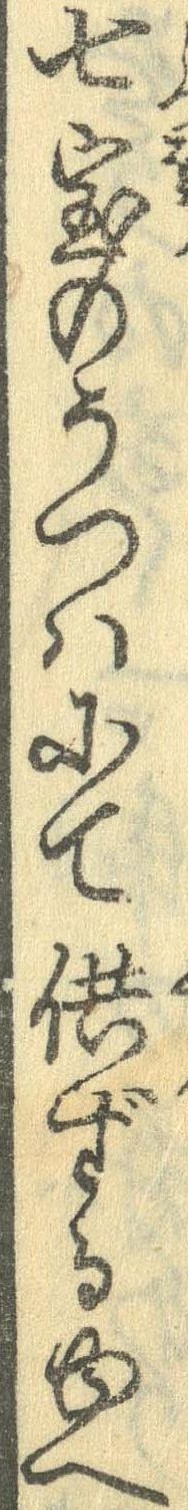
七宝のうつはにて供ずるゆへ